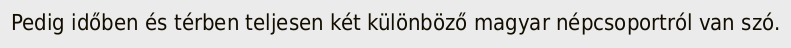
Pedig időben és térben teljesen két különböző magyar népcsoportról van szó.